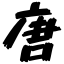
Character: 唐